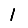
Digit: 1